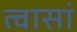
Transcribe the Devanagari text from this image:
त्वासां